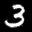
Label: 3